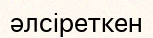
әлсіреткен